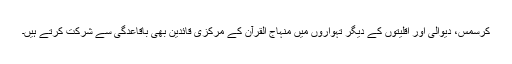
کرسمس، دیوالی اور اقلیتوں کے دیگر تہواروں میں منہاج القرآن کے مرکزی قائدین بھی باقاعدگی سے شرکت کرتے ہیں۔